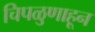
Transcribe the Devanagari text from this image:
चिपळुणाहून